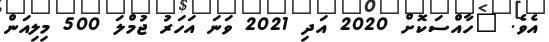
އެވެ. "ހާއްސަކޮށް 2020 އަދި 2021 ވަނަ އަހަރު ޖުމްލަ 500 މިލިއަން